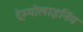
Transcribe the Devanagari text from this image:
ट्रेम्पोलाइनिंग